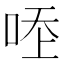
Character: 𠳒